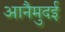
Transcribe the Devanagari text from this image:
आनैमुदई